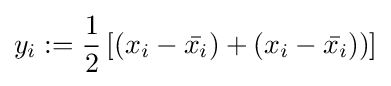
y_{i}:={\frac {1}{2}}\left[\left(x_{i}-{\bar {x_{i}}})+(x_{i}-{\bar {x_{i}}})\right)\right]